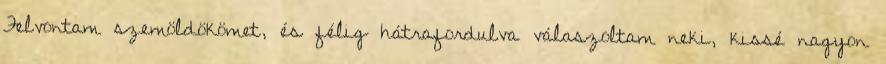
Felvontam szemöldökömet, és félig hátrafordulva válaszoltam neki, kissé nagyon